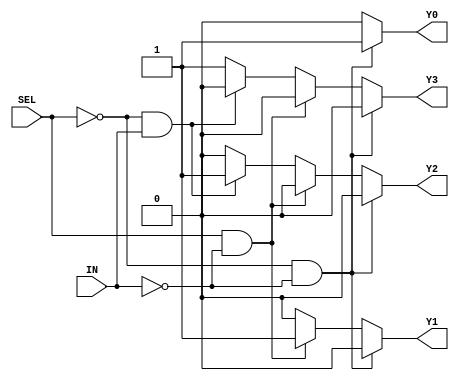
module demux_1to4 (
    input wire SEL,
    input wire IN,
    output reg Y0,
    output reg Y1,
    output reg Y2,
    output reg Y3
);

always @(SEL or IN) begin
    if (SEL == 1'b0 && !IN)
        begin
            Y0 = 1'b1;
            Y1 = 1'b0;
            Y2 = 1'b0;
            Y3 = 1'b0;
        end
    else if (SEL == 1'b1 && !IN)
        begin
            Y0 = 1'b0;
            Y1 = 1'b1;
            Y2 = 1'b0;
            Y3 = 1'b0;
        end
    else if (SEL == 1'b0 && IN)
        begin
            Y0 = 1'b0;
            Y1 = 1'b0;
            Y2 = 1'b1;
            Y3 = 1'b0;
        end
    else // (SEL == 1'b1 && IN)
        begin
            Y0 = 1'b0;
            Y1 = 1'b0;
            Y2 = 1'b0;
            Y3 = 1'b1;
        end
end

endmodule